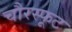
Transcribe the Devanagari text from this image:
चौरस्फूट